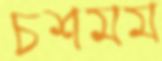
চশমম